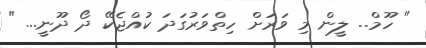
" ހޫމް.. ލީން މި ވަރަށް ހިތްވަރުގަދަ ކުއްޖެކޭ ދޯ ދޫނީ... "